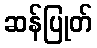
ဆန်ပြုတ်